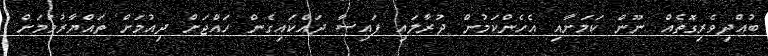
ބުއްދިވެރިގޮތެއް ނޫން ކަމަށާއި އެހެންކަމުން ދުރާލައި ފައިސާ ދައްކައިގެން ހައްޖަށް ދިއުމަށް ތައްޔާރުވުމަށް